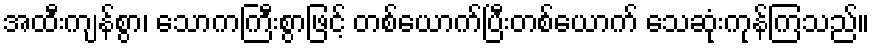
အထီးကျန်စွာ၊ သောကကြီးစွာဖြင့် တစ်ယောက်ပြီးတစ်ယောက် သေဆုံးကုန်ကြသည်။